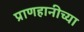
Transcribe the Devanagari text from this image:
प्राणहानीच्या